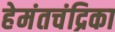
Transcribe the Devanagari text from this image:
हेमंतचंद्रिका